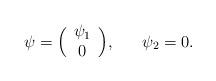
LaTeX: \begin{align*}\psi = \Bigl{(}\begin{array}{cc}{\psi}_{1} \cr 0 \end{array} \Bigr{)} ,~~~~~{\psi}_{2} = 0.\end{align*}